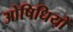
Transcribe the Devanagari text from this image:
ओषिधियों